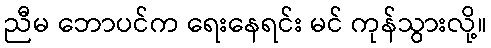
ညီမ ဘောပင်က ရေးနေရင်း မင် ကုန်သွားလို့။